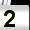
Digit: 2